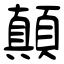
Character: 顛